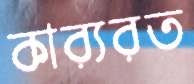
কার্যরত